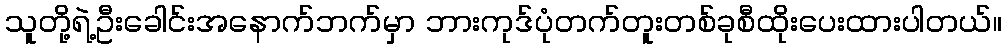
သူတို့ရဲ့ဦးခေါင်းအနောက်ဘက်မှာ ဘားကုဒ်ပုံတက်တူးတစ်ခုစီထိုးပေးထားပါတယ်။